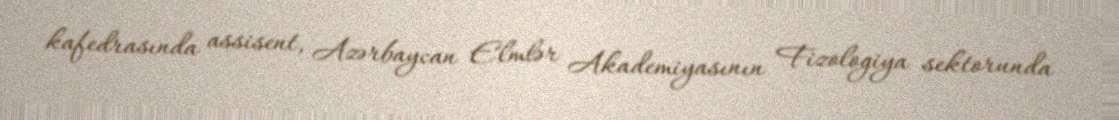
kafedrasında assisent, Azərbaycan Elmlər Akademiyasının Fizologiya sektorunda